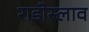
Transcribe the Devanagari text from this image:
राडोस्लाव